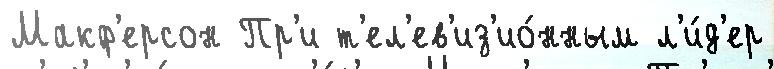
Макф'ерсон Пр'и т'ел'ев'из'ио́нным л'и́д'ер